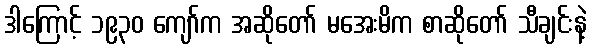
ဒါကြောင့် ၁၉၃၀ ကျော်က အဆိုတော် မအေးမိက စာဆိုတော် သီချင်းနဲ့